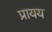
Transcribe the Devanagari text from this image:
प्रायय